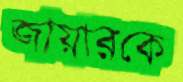
জায়ারকে